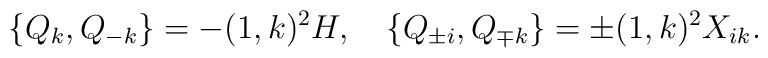
\{Q_k,Q_{-k}\}=-(1,k)^2H, \quad \{Q_{\pm i},Q_{\mp k}\}=\pm (1,k)^2X_{ik}.